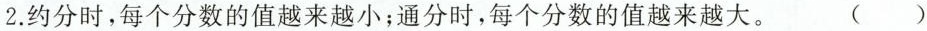
2.约分时，每个分数的值越来越小；通分时，每个分数的值越来越大。 ()